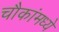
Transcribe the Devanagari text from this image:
चौकांमध्ये